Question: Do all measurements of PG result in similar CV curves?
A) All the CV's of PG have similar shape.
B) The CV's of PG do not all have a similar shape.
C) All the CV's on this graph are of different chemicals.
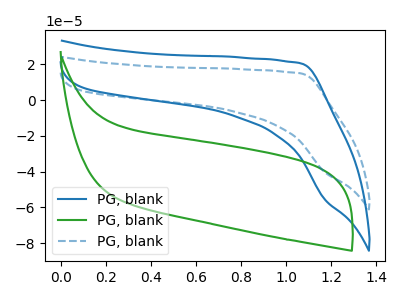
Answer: <think>The blue curve "PG, blank1" has no peaks. The green curve "PG, blank2" has no peaks. The blue dashed curve "PG, blank3" has no peaks.
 Neither "PG, blank1" or "PG, blank2" have any peaks. Neither "PG, blank1" or "PG, blank3" have any peaks. Neither "PG, blank2" or "PG, blank3" have any peaks.</think>
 <answer>A) All the CV's of "PG" have similar shape.</answer>
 <eval>A</eval>